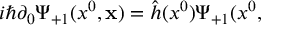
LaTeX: i \hbar \partial _ { 0 } \Psi _ { + 1 } ( x ^ { 0 } , { \bf x } ) = \hat { h } ( x ^ { 0 } ) \Psi _ { + 1 } ( x ^ { 0 } ,